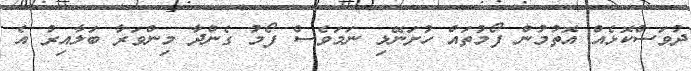
ދުވަސްކޮޅެއް އޮތުމުން ފޯމުތައް ހުށަނޭޅި ނަމަވެސް ފޯމު ގެންދާ މިންވަރާ ބަލާއިރު އެ